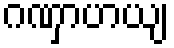
ဂဏှာဟယျ